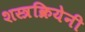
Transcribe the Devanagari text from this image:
शस्त्रक्रियेनी